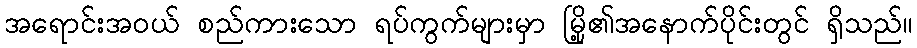
အရောင်းအဝယ် စည်ကားသော ရပ်ကွက်များမှာ မြို့၏အနောက်ပိုင်းတွင် ရှိသည်။